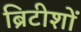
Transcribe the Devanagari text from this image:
ब्रिटीशों